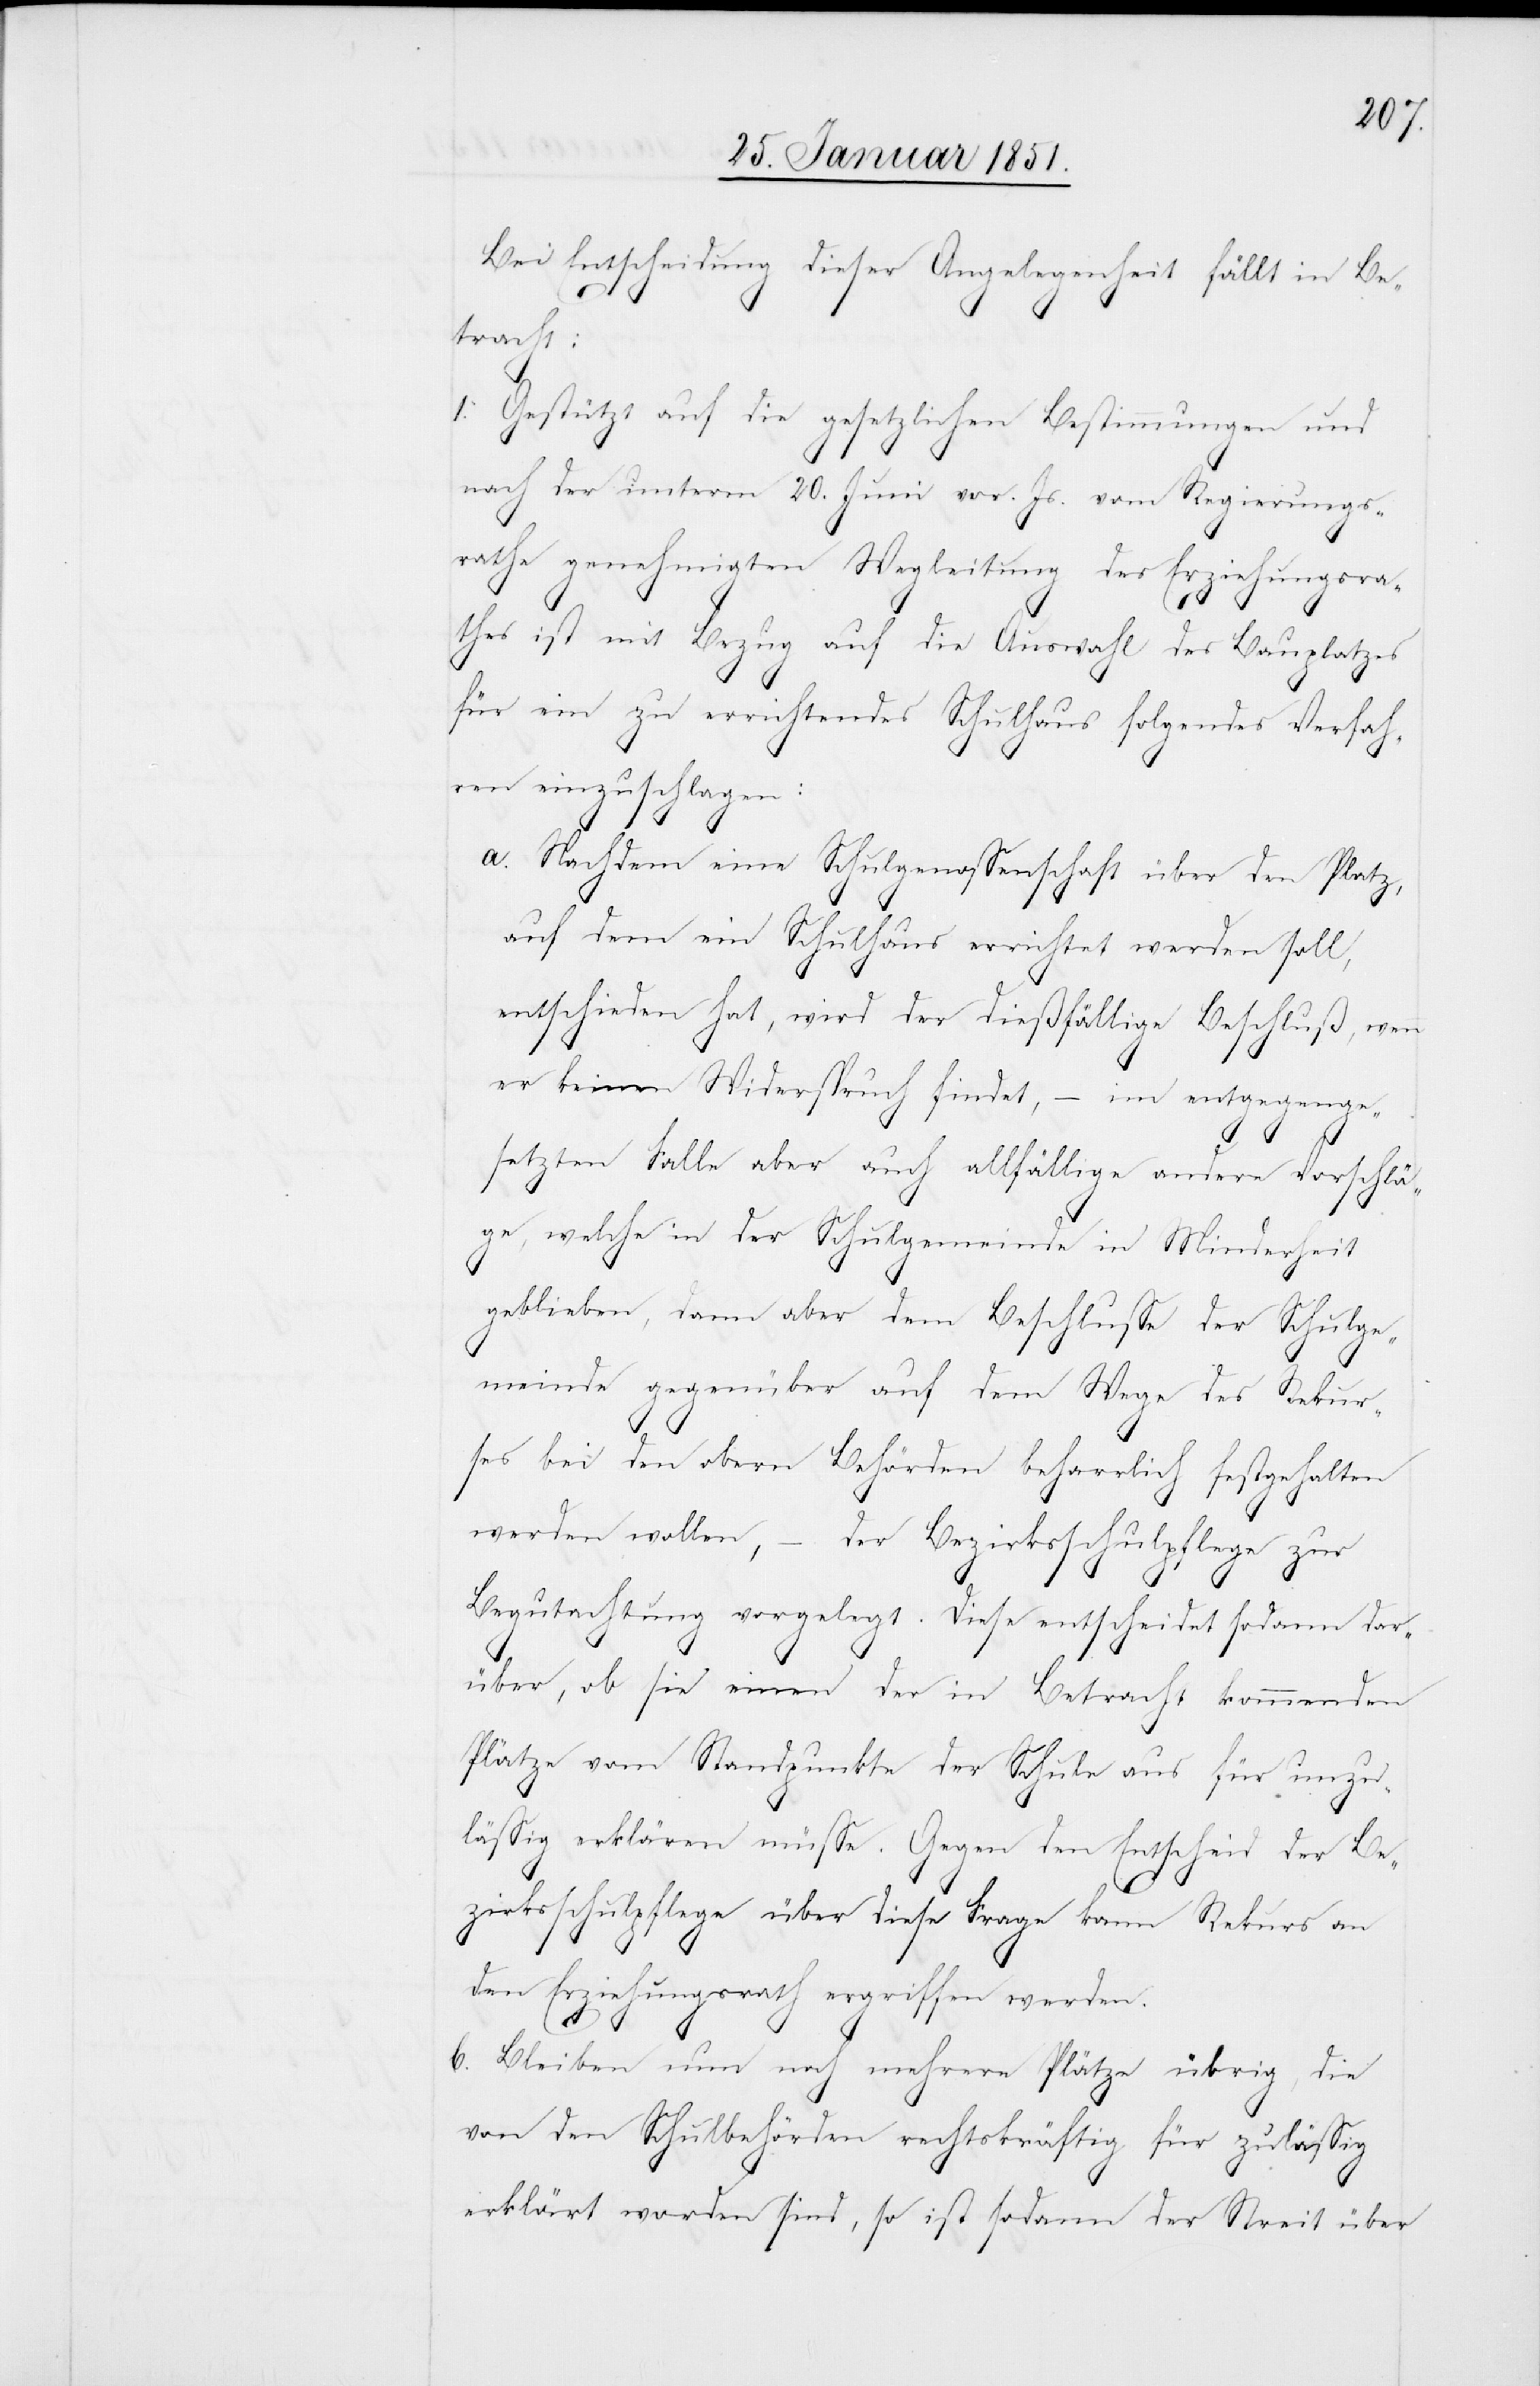
Bei Entscheidung dieser Angelegenheit fällt in Be¬
tracht:
b.
1. Gestützt auf die gesetzlichen Bestimmungen und
nach der unterm 20. Juni vor. Js. vom Regierungs¬
rathe genehmigten Wegleitung des Erziehungsra¬
thes ist mit Bezug auf die Auswahl des Bauplatzes
für ein zu errichtendes Schulhaus folgendes Verfah¬
ren einzuschlagen:
a.
Nachdem eine Schulgenossenschaft über den Platz,
auf dem ein Schulhaus errichtet werden soll,
entschieden hat, wird der dießfällige Beschluß, wenn
er keinen Widerspruch findet, – im entgegenge¬
setzten Falle aber auch allfällige andere Vorschlä¬
ge, welche in der Schulgemeinde in Minderheit
geblieben, dann aber dem Beschlusse der Schulge¬
meinde gegenüber auf dem Wege des Rekur¬
ses bei den obern Behörden beharrlich festgehalten
werden wollen, – der Bezirksschulpflege zur
Begutachtung vorgelegt. Diese entscheidet sodann dar¬
über, ob sie einen der in Betracht kommenden
Plätze vom Standpunkte der Schule aus für unzu¬
lässig erklären müsse. Gegen den Entscheid der Be¬
zirksschulpflege über diese Frage kann Rekurs an
den Erziehungsrath ergriffen werden.
Bleiben nun noch mehrere Plätze übrig, die
von den Schulbehörden rechtskräftig für zulässig
erklärt worden sind, so ist sodann der Streit über